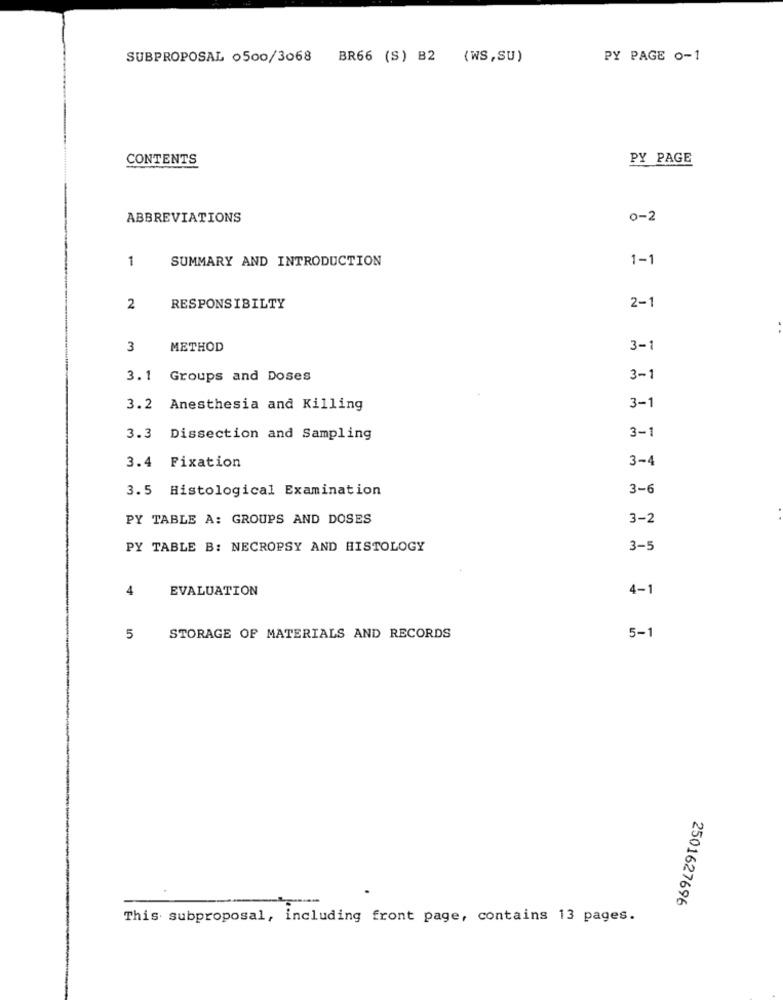
SUBPROPOSAL 0500/3068
BR66 (S) B2
(WS, SU)
PY PAGE o-1
CONTENTS
PY PAGE
ABBREVIATIONS
o-2
1
SUMMARY AND INTRODUCTION
1-1
2
RESPONSIBILTY
2-1
3
METHOD
3-1
3.1
Groups and Doses
3- 1
3.2 Anesthesia and Killing
3-1
3-1
3.3 Dissection and Sampling
3-4
3.4 Fixation
3.5 Histological Examination
3-6
PY TABLE A: GROUPS AND DOSES
3-2
PY TABLE B: NECROPSY AND HISTOLOGY
3-5
4
EVALUATION
4-1
5
STORAGE OF MATERIALS AND RECORDS
5-1
2501627696
This subproposal, including front page, contains 13 pages.